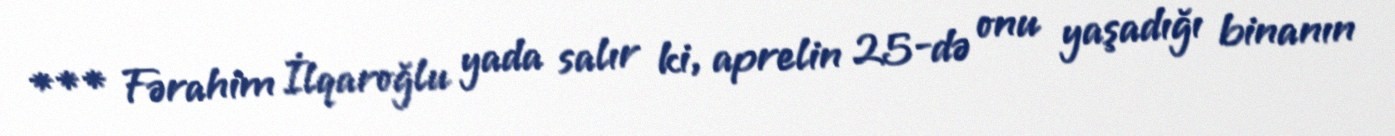
*** Fərahim İlqaroğlu yada salır ki, aprelin 25-də onu yaşadığı binanın